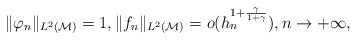
\begin{align*} \| \varphi_n \|_{L^2(\mathcal{M})} =1, \| f_n \|_{L^2(\mathcal{M})}= o( h_n^{1+ \frac \gamma {1+ \gamma}}), {n\rightarrow + \infty}, \end{align*}